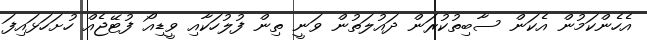
އެހެންކަމުން އެކަން ސާބިތުކުރަން ދައުލަތުން ވަނީ ތިން ފުލުހަކާއި ވީޑިއޯ ފުޓޭޖެއް ހުށަހަޅައިފަ